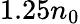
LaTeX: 1.25n_{0}